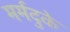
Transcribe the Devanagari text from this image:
मर्मदुके